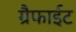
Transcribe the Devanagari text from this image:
ग्रैफाईट